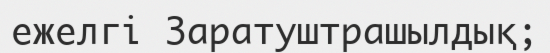
ежелгі Заратуштрашылдық;